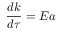
\frac { d k } { d \tau } = E a